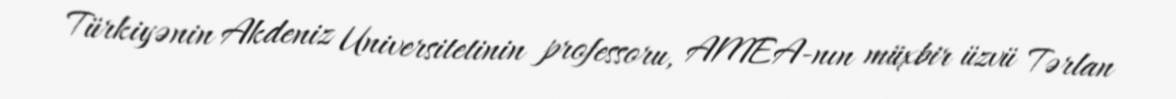
Türkiyənin Akdeniz Universitetinin professoru, AMEA-nın müxbir üzvü Tərlan